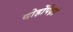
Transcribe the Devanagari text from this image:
दोहोंपेक्षां